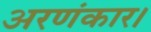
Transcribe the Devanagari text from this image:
अरणंकार।